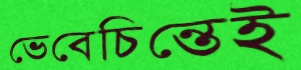
ভেবেচিন্তেই